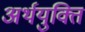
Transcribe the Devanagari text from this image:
अर्थयुक्ति